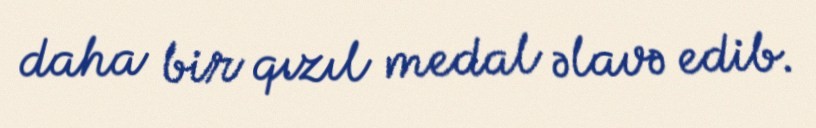
daha bir qızıl medal əlavə edib.